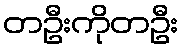
တဦးကိုတဦး